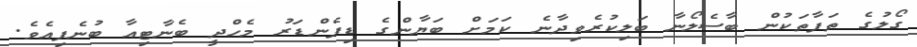
ގޯލުގެ ތަފާތަކުން ބާސެލޯނާ ބަލިކުރެވިދާނެ ކަމަށް ބަޔާންގެ ޑިފެންޑަރު މެހްދީ ބެނާޓިއާ ބުނެފިއެވެ.